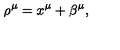
\rho ^ { \mu } = x ^ { \mu } + \beta ^ { \mu } ,